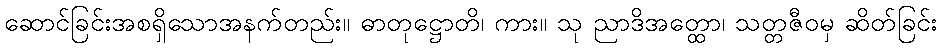
ဆောင်ခြင်းအစရှိသောအနက်တည်း။ ဓာတုဋ္ဌောတိ၊ ကား။ သု ညာဒိအတ္ထော၊ သတ္တဇီဝမှ ဆိတ်ခြင်း